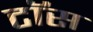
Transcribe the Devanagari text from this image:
टाॅस